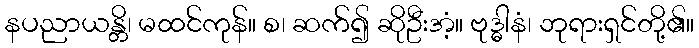
နပညာယန္တိ၊ မထင်ကုန်။ စ၊ ဆက်၍ ဆိုဦးအံ့။ ဗုဒ္ဓါနံ၊ ဘုရားရှင်တို့၏။